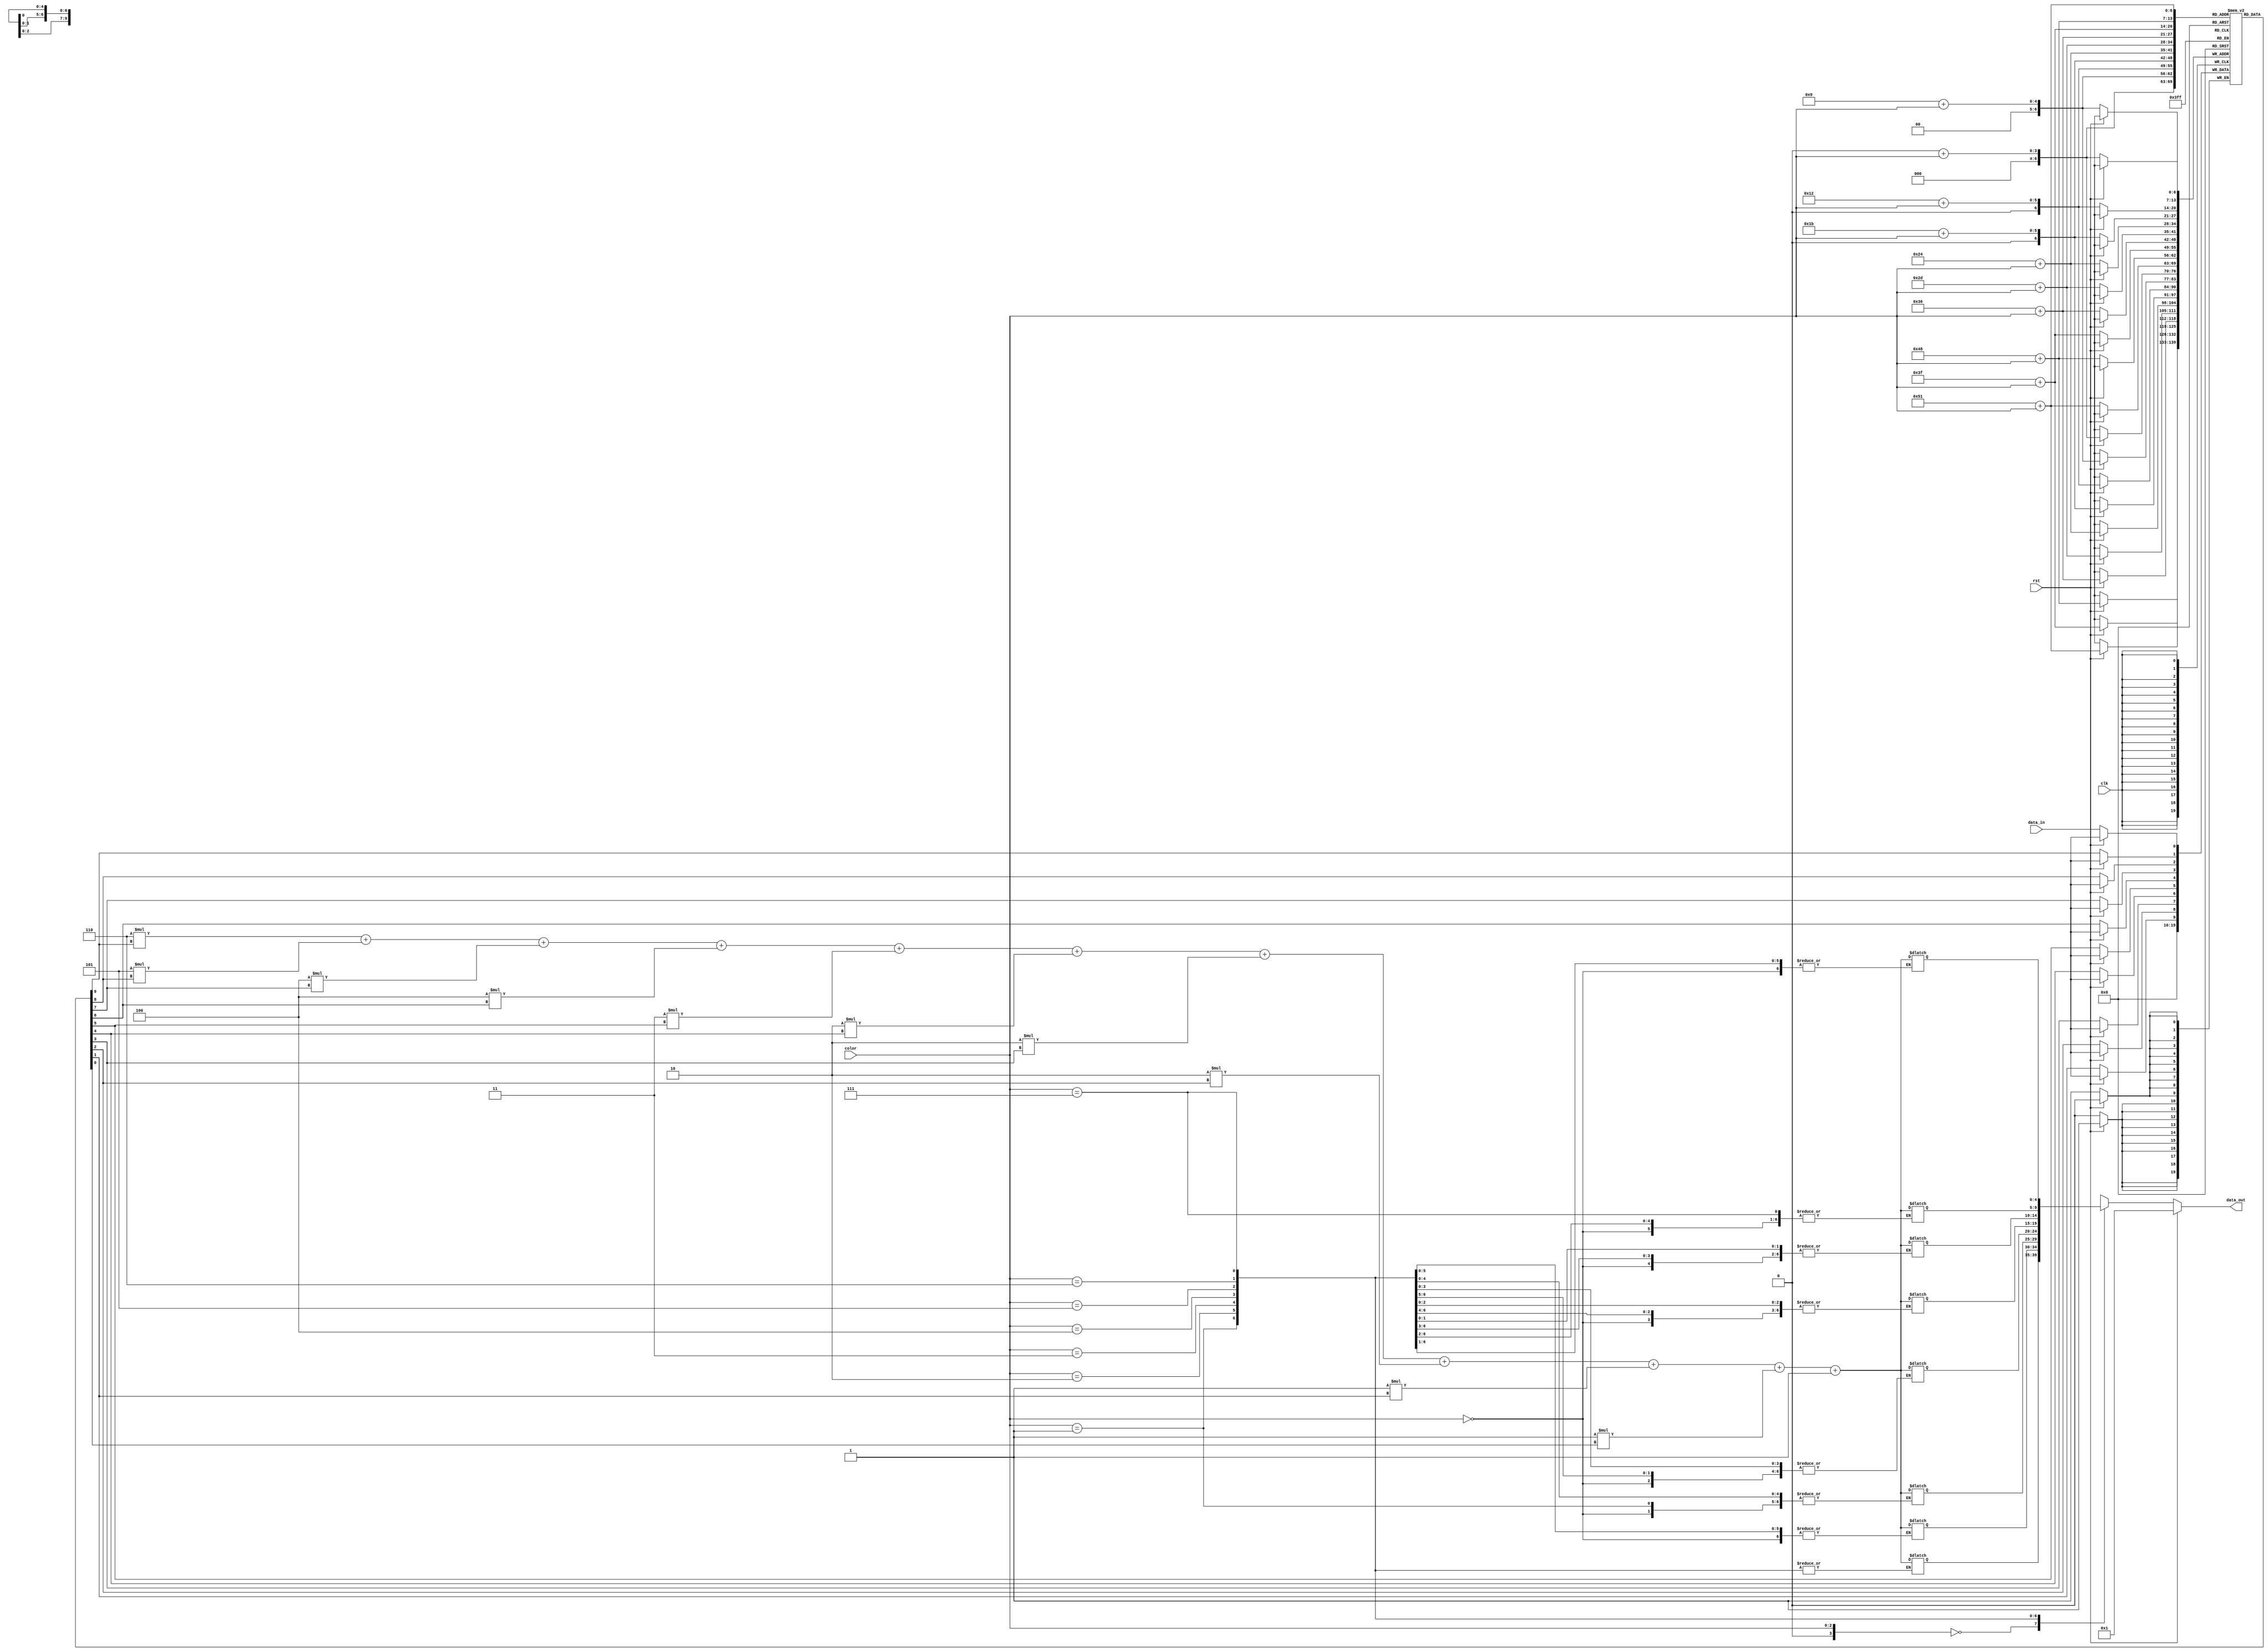
module  WEIGHT_CALC(
  input clk,
  input rst,
	input	               data_in,
  	input	    [2:0]           color,
	output	    [4:0]       data_out
);
parameter WINDOW_SIZE = 10;
reg data[0:WINDOW_SIZE-1][0:8];
integer i;
integer j;
reg [15:0] sum[0:8];
initial begin
  	for(j=0;j<8;j=j+1) begin
      for(i=0;i<WINDOW_SIZE;i=i+1) begin
            data[i][j]=0;
      end
      // sum[j]=0;
    end
    i=0;
    j=0;
end

always @ (*)
begin
  // for(i=0;i<WINDOW_SIZE;i=i+1) begin
  //     sum=sum+data[i];
  //   end
// sum=6*data[0]+5*data[1]+4*data[2]+4*data[3]+3*data[4]+2*data[5]+2*data[6]+2*data[7]+1*data[8]+1*data[9]+1;

sum[color]=6*data[0][color]+5*data[1][color]+4*data[2][color]+4*data[3][color]+3*data[4][color]+2*data[5][color]+2*data[6][color]+2*data[7][color]+1*data[8][color]+1*data[9][color]+1;
end

assign data_out=rst ? 1 : sum[color];

always@(posedge clk)
begin
  if(rst==0) begin
    data[0][color]<=data_in;
  	for(j=1;j<WINDOW_SIZE;j=j+1) begin
      data[j][color]<=data[j-1][color];
    end
  end
  else begin
    for(j=0;j<WINDOW_SIZE;j=j+1) begin
      data[j][color]<=0;
    end
  end
end


endmodule